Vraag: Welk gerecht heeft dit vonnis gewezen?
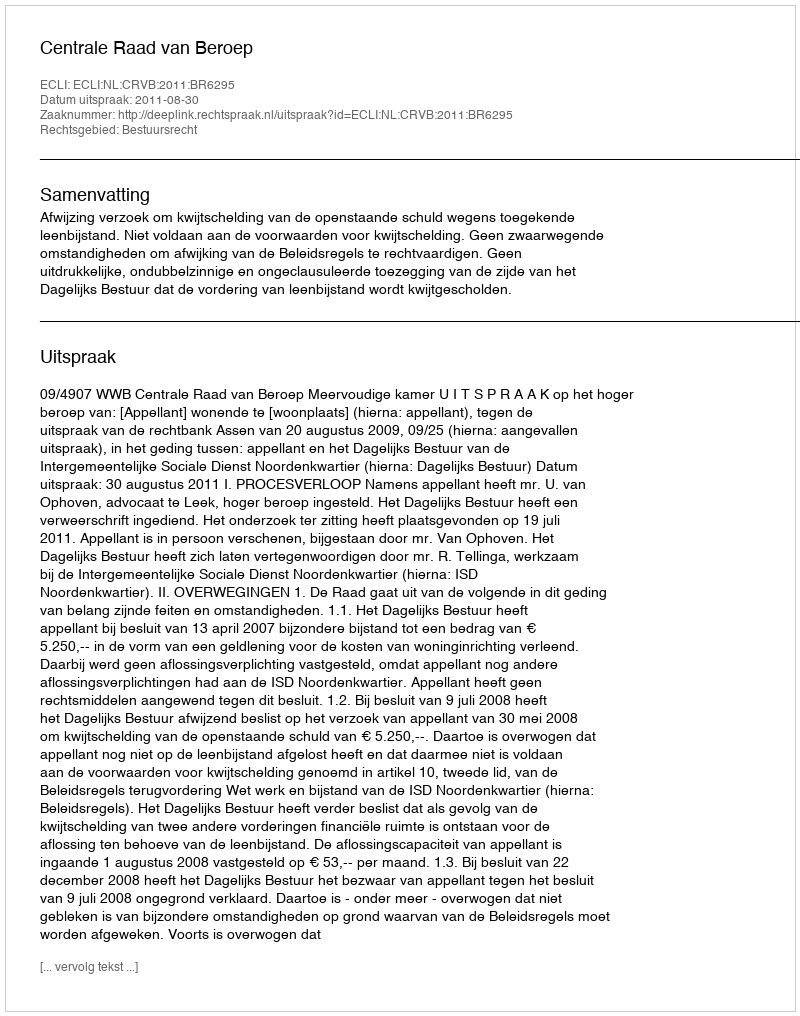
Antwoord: Centrale Raad van Beroep